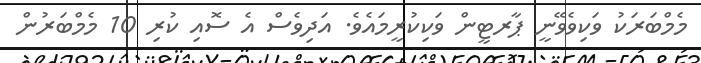
މެމްބަރަކު ވަކިވެވޭނީ ޕާރޓީން ވަކިކުރީމައެވެ. އަދިވެސް އެ ސޮއި ކުރި 10 މެމްބަރުން